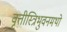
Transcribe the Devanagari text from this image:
वृत्तीस्त्रिभुवनमथो